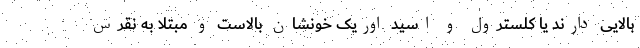
بالایی دارند یا کلسترول و اسید اوریک خونشان بالاست و مبتلا به نقرس